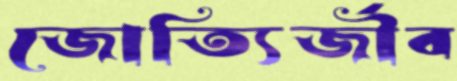
জোত্যির্জীব